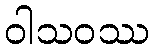
ဝါသဝဿ